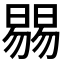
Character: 𣊷